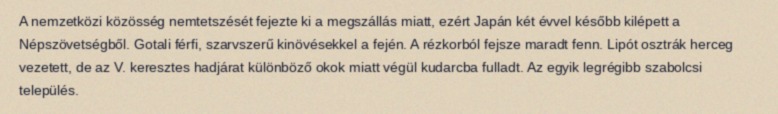
A nemzetközi közösség nemtetszését fejezte ki a megszállás miatt, ezért Japán két évvel később kilépett a Népszövetségből. Gotali férfi, szarvszerű kinövésekkel a fején. A rézkorból fejsze maradt fenn. Lipót osztrák herceg vezetett, de az V. keresztes hadjárat különböző okok miatt végül kudarcba fulladt. Az egyik legrégibb szabolcsi település.